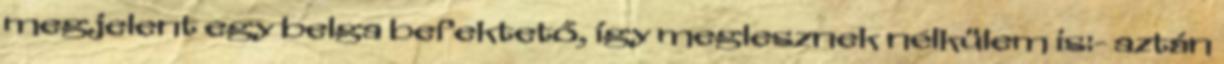
megjelent egy belga befektető, így meglesznek nélkülem is:- aztán